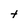
Character: t